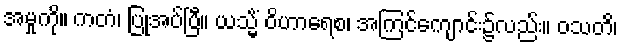
အမှုကို။ ကတံ၊ ပြုအပ်ပြီ။ ယသ္မိံ ဝိဟာရေစ၊ အကြင်ကျောင်း၌လည်း။ ဝသတိ၊